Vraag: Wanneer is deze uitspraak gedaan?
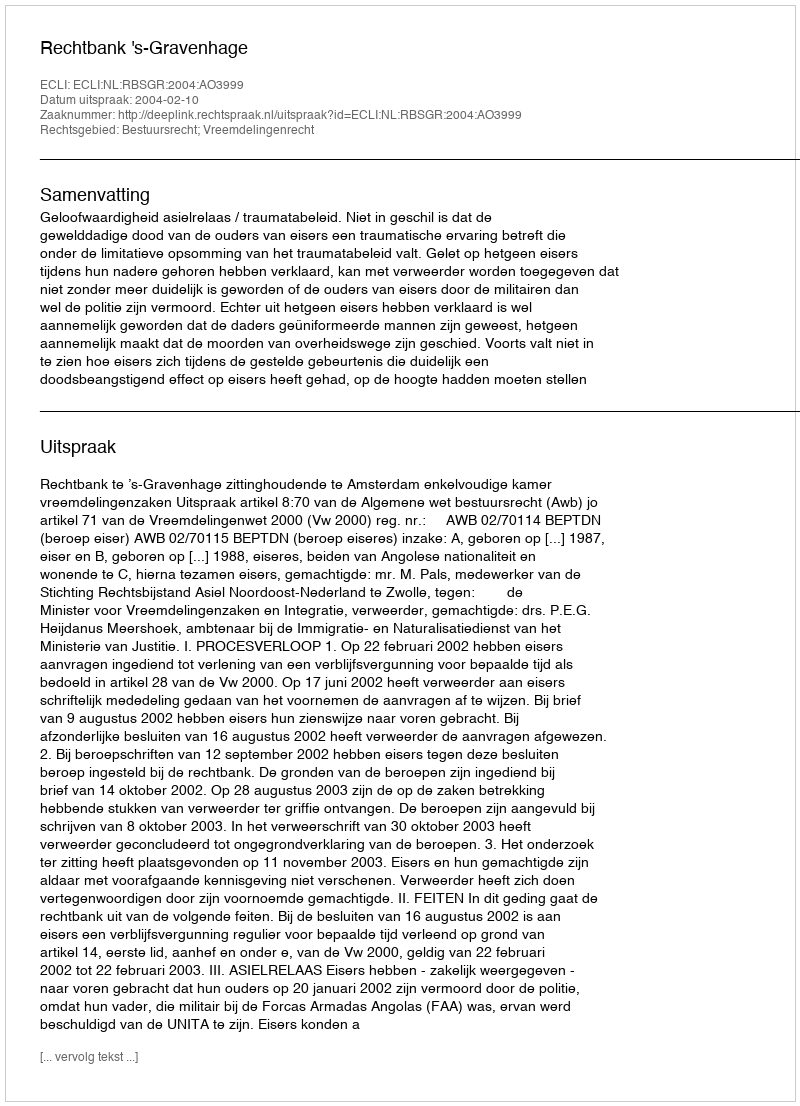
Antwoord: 2004-02-10